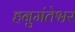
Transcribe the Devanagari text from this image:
हनुमंतेश्वर